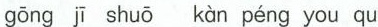
gōng jī shuō kàn péng you qu